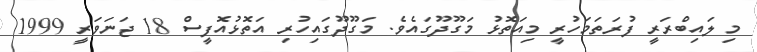
މި ލައިބްރަރީ ފުރަތަމަހުރީ މިއަތޮޅު މަގޫދޫގައެވެ. މަގޫދޫގައިހުރި އަތޮޅުއޮފީސް 18 ޖަނަވަރީ 1999